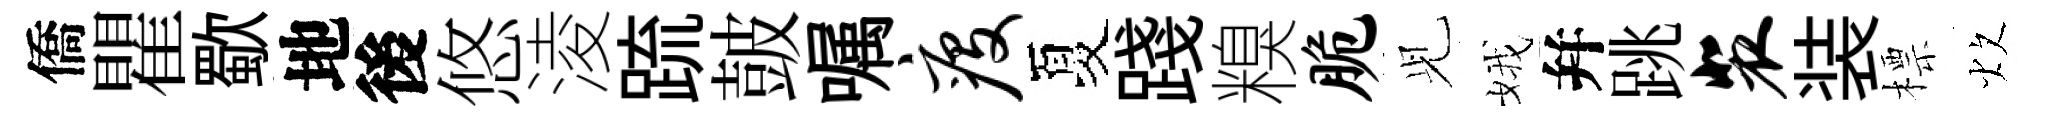
僑瞿歜地後悠淩䟽皷嘱疫夏踐糗脆𫤗娥幷跳裴装標炊